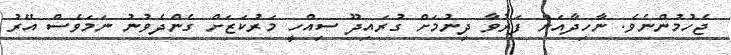
ޖެހުމުންނެވެ. ނާހިދާއަށް ފަރުވާ ދިނުމަށް ގުރައިދޫ ސިއްހީ މަރުކަޒަށް ގެންދެވުނު ނަމަވެސް އޭރު